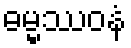
ဓမ္မဿဝနံ